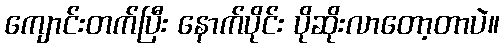
ကျောင်းတက်ပြီး နောက်ပိုင်း ပိုဆိုးလာတော့တာပဲ။